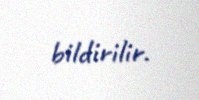
bildirilir.